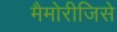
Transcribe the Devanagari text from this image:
मैमोरीजिसे